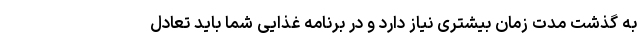
به گذشت مدت زمان بیشتری نیاز دارد و در برنامه غذایی شما باید تعادل